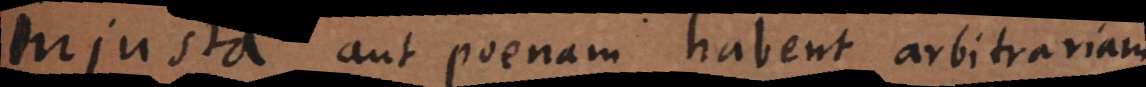
Injusta aut poenam habent arbitrariam